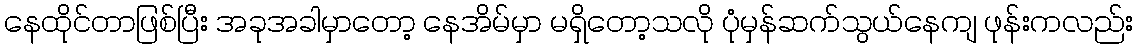
နေထိုင်တာဖြစ်ပြီး အခုအခါမှာတော့ နေအိမ်မှာ မရှိတော့သလို ပုံမှန်ဆက်သွယ်နေကျ ဖုန်းကလည်း